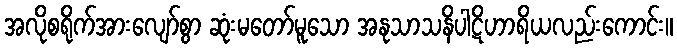
အလိုစရိုက်အားလျော်စွာ ဆုံးမတော်မူသော အနုသာသနိပါဋိဟာရိယလည်းကောင်း။